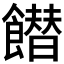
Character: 𩞲